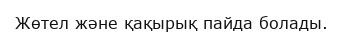
Жөтел және қақырық пайда болады.